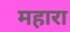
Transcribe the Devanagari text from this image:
महारा